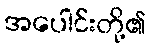
အပေါင်းတို့၏